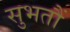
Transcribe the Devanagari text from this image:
सुभतौं